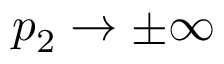
p _ { 2 } \rightarrow \pm \infty